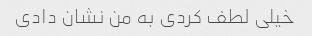
خیلی لطف کردی به من نشان دادی